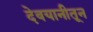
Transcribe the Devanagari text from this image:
देवयानीतून